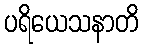
ပရိယေသနာတိ